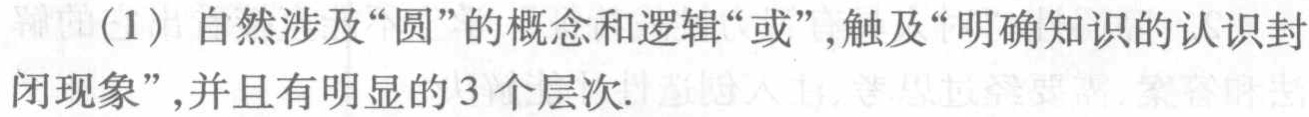
（1）自然涉及“圆”的概念和逻辑“或”，触及“明确知识的认识封闭现象”，并且有明显的3个层次.